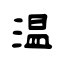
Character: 温